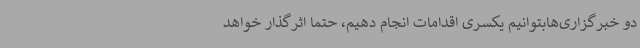
دو خبرگزاری‌هابتوانیم یکسری اقدامات انجام دهیم،‌ حتماً اثرگذار خواهد